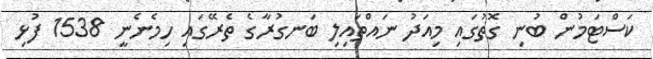
ކަސްޓަމުން ބުނި ގޮތުގައި މިއަދު ނައްތައިލި ބަނގުރާގެ ތެރޭގައި ހިމެނެނީ 1538 ފުޅި